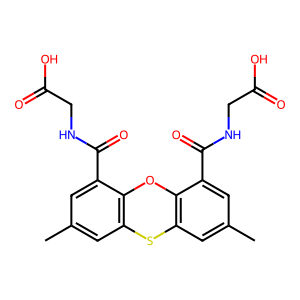
SMILES: Cc1cc2c(c(C(=O)NCC(=O)O)c1)Oc1c(cc(C)cc1C(=O)NCC(=O)O)S2
Inhibits HIV replication: No